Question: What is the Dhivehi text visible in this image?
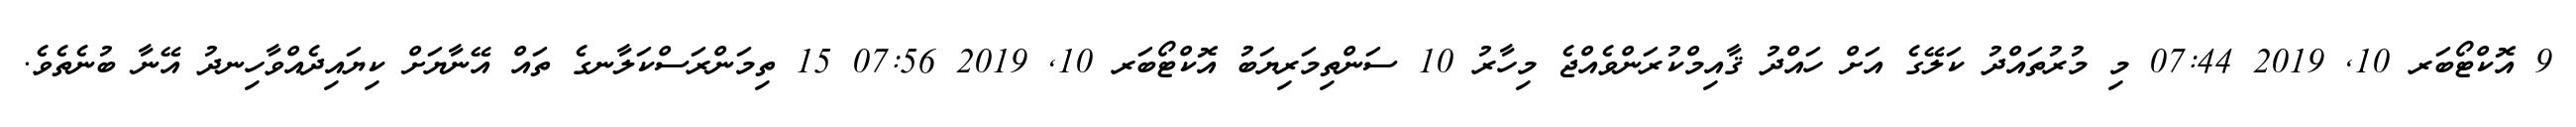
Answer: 9 އޮކްޓޯބަރ 10, 2019 07:44 މި މުރުތައްދު ކަލޭގެ އަށް ހައްދު ޤާއިމްކުރަންވެއްޖެ މިހާރު 10 ސަންތިމަރިޔަބު އޮކްޓޯބަރ 10, 2019 07:56 15 ތިމަންރަސްކަލާނގެ ތައް އޭނާޔަށް ކިޔައިދެއްވާހިނދު އޭނާ ބުނެތެވެ.